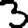
Digit: 3